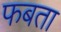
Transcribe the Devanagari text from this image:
फबता